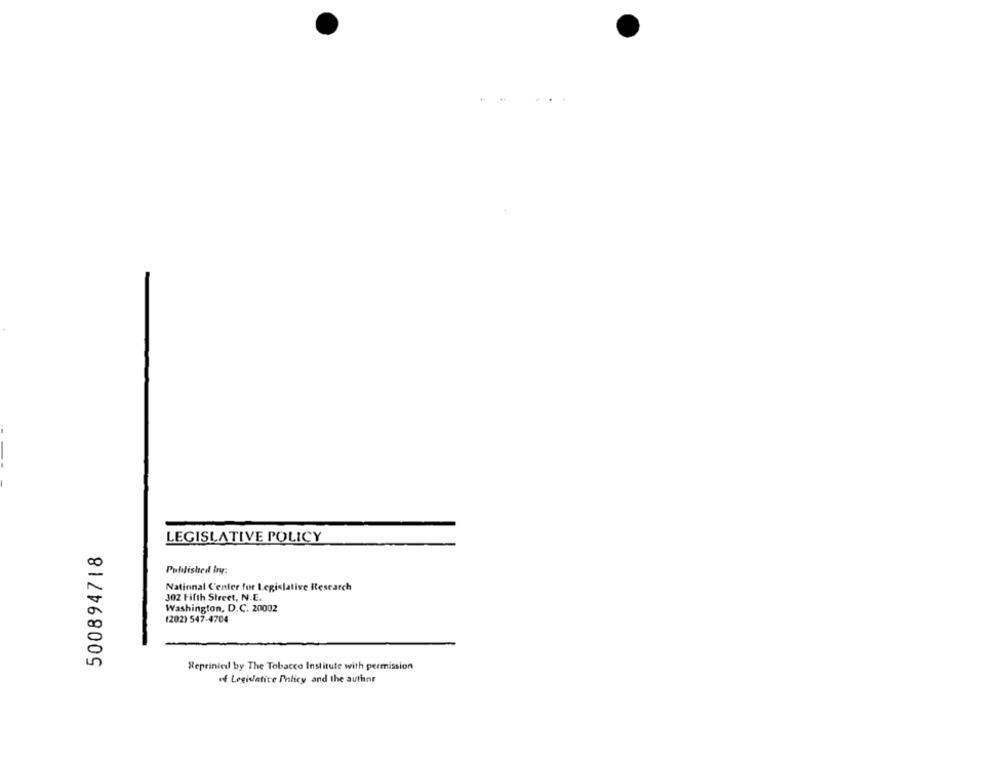
LEGISLATIVE POLICY
500894718
Published by:
National Center for Legislative Research
302 Fifth Street, N.E.
Washington, D.C. 20002
(202) 547-4704
Reprinted by The Tobacco Institute with permission
of Legislative Policy and the author